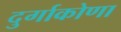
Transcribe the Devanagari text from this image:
दुर्गाकोणा